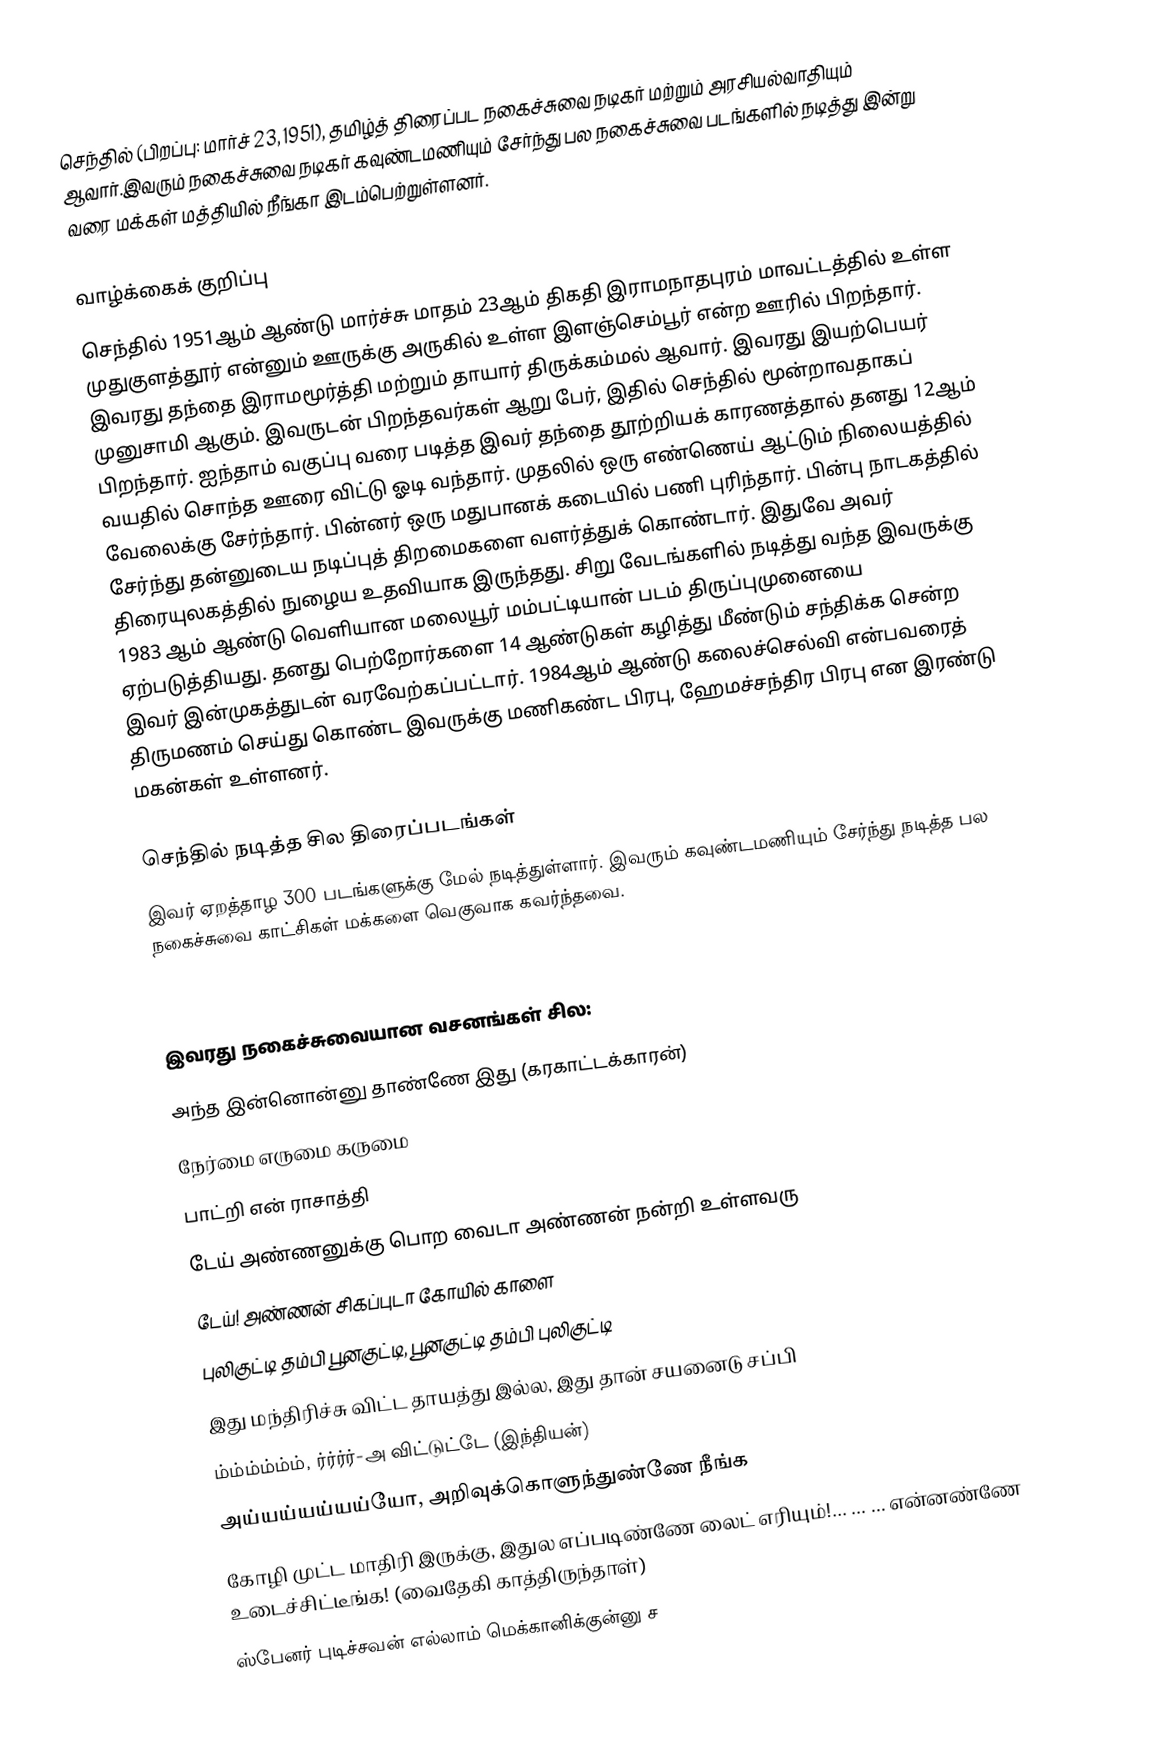
செந்தில் (பிறப்பு: மார்ச் 23, 1951), தமிழ்த் திரைப்பட நகைச்சுவை நடிகர் மற்றும் அரசியல்வாதியும் ஆவார்.இவரும் நகைச்சுவை நடிகர் கவுண்டமணியும் சேர்ந்து பல நகைச்சுவை படங்களில் நடித்து இன்று வரை மக்கள் மத்தியில் நீங்கா இடம்பெற்றுள்ளனர்.

வாழ்க்கைக் குறிப்பு
செந்தில் 1951ஆம் ஆண்டு மார்ச்சு மாதம் 23ஆம் திகதி இராமநாதபுரம் மாவட்டத்தில் உள்ள முதுகுளத்தூர் என்னும் ஊருக்கு அருகில் உள்ள இளஞ்செம்பூர் என்ற ஊரில் பிறந்தார். இவரது தந்தை இராமமூர்த்தி மற்றும் தாயார் திருக்கம்மல் ஆவார். இவரது இயற்பெயர் முனுசாமி ஆகும். இவருடன் பிறந்தவர்கள் ஆறு பேர், இதில் செந்தில் மூன்றாவதாகப் பிறந்தார். ஐந்தாம் வகுப்பு வரை படித்த இவர் தந்தை தூற்றியக் காரணத்தால் தனது 12ஆம் வயதில் சொந்த ஊரை விட்டு ஓடி வந்தார். முதலில் ஒரு எண்ணெய் ஆட்டும் நிலையத்தில் வேலைக்கு சேர்ந்தார். பின்னர் ஒரு மதுபானக் கடையில் பணி புரிந்தார். பின்பு நாடகத்தில் சேர்ந்து தன்னுடைய நடிப்புத் திறமைகளை வளர்த்துக் கொண்டார். இதுவே அவர் திரையுலகத்தில் நுழைய உதவியாக இருந்தது. சிறு வேடங்களில் நடித்து வந்த இவருக்கு 1983 ஆம் ஆண்டு வெளியான மலையூர் மம்பட்டியான் படம் திருப்புமுனையை ஏற்படுத்தியது. தனது பெற்றோர்களை 14 ஆண்டுகள் கழித்து மீண்டும் சந்திக்க சென்ற இவர் இன்முகத்துடன் வரவேற்கப்பட்டார். 1984ஆம் ஆண்டு கலைச்செல்வி என்பவரைத் திருமணம் செய்து கொண்ட இவருக்கு மணிகண்ட பிரபு, ஹேமச்சந்திர பிரபு என இரண்டு மகன்கள் உள்ளனர்.

செந்தில் நடித்த சில திரைப்படங்கள்
இவர் ஏறத்தாழ 300 படங்களுக்கு மேல் நடித்துள்ளார். இவரும் கவுண்டமணியும் சேர்ந்து நடித்த பல நகைச்சுவை காட்சிகள் மக்களை வெகுவாக கவர்ந்தவை.

இவரது நகைச்சுவையான வசனங்கள் சில:
 அந்த இன்னொன்னு தாண்ணே இது (கரகாட்டக்காரன்)
 நேர்மை எருமை கருமை
 பாட்றி என் ராசாத்தி
 டேய் அண்ணனுக்கு பொற வைடா அண்ணன் நன்றி உள்ளவரு
 டேய்! அண்ணன் சிகப்புடா கோயில் காளை
 புலிகுட்டி தம்பி பூனகுட்டி, பூனகுட்டி தம்பி புலிகுட்டி
 இது மந்திரிச்சு விட்ட தாயத்து இல்ல, இது தான் சயனைடு சப்பி
 ம்ம்ம்ம்ம்ம், ர்ர்ர்ர்-அ விட்டுட்டே (இந்தியன்)
 அய்யய்யய்யய்யோ, அறிவுக்கொளுந்துண்ணே நீங்க
 கோழி முட்ட மாதிரி இருக்கு, இதுல எப்படிண்ணே லைட் எரியும்!... ... ... என்னண்ணே உடைச்சிட்டீங்க! (வைதேகி காத்திருந்தாள்)
 ஸ்பேனர் புடிச்சவன் எல்லாம் மெக்கானிக்குன்னு ச